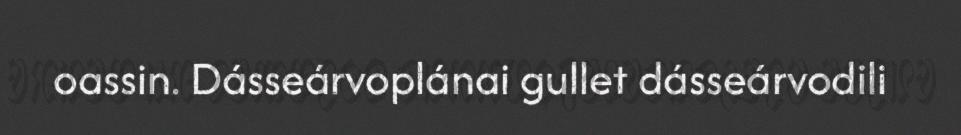
oassin. Dásseárvoplánai gullet dásseárvodili